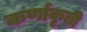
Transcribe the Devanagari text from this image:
कर्णाकृती